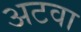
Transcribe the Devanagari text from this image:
अटवा